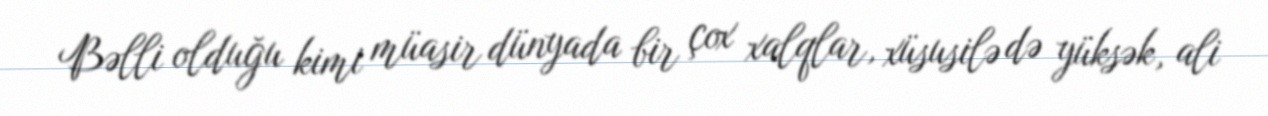
Bəlli olduğu kimi müasir dünyada bir çox xalqlar, xüsusilə də yüksək, ali